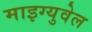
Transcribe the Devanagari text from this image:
माइग्युवेल